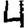
Digit: 4